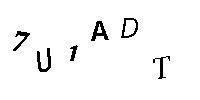
7U1ADT